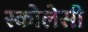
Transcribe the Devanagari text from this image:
स्कोलेसी